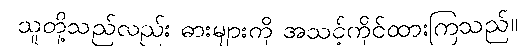
သူတို့သည်လည်း ဓားများကို အသင့်ကိုင်ထားကြသည်။